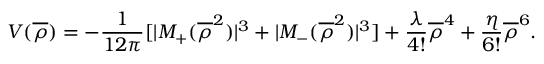
V ( \overline { { { \rho } } } ) = - \frac { 1 } { 1 2 \pi } [ | M _ { + } ( \overline { { { \rho } } } ^ { 2 } ) | ^ { 3 } + | M _ { - } ( \overline { { { \rho } } } ^ { 2 } ) | ^ { 3 } ] + \frac { \lambda } { 4 ! } \overline { { { \rho } } } ^ { 4 } + \frac { \eta } { 6 ! } \overline { { { \rho } } } ^ { 6 } .